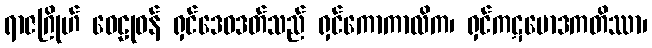
ရာဇဂြိုဟ် ဝေဠုဝန် ရှင်ဒေဝဒတ်သည် ရှင်ကောကာလိက၊ ရှင်ကဋမောဒကတိဿာ၊